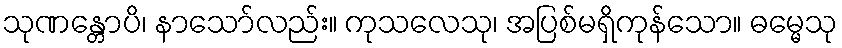
သုဏန္တောပိ၊ နာသော်လည်း။ ကုသလေသု၊ အပြစ်မရှိကုန်သော။ ဓမ္မေသု